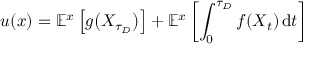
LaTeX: u ( x ) = \mathbb { E } ^ { x } \left[ g { \big ( } X _ { \tau _ { D } } { \big ) } \right] + \mathbb { E } ^ { x } \left[ \int _ { 0 } ^ { \tau _ { D } } f ( X _ { t } ) \, \mathrm { d } t \right]